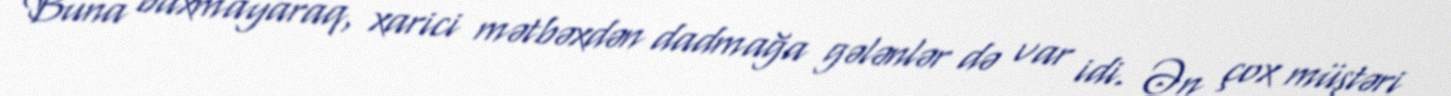
Buna baxmayaraq, xarici mətbəxdən dadmağa gələnlər də var idi. Ən çox müştəri